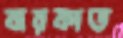
বারকাত